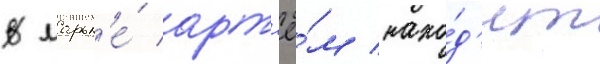
В ларьк'е́ арт'ё́м нахо́д'ит